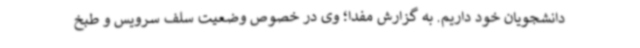
دانشجویان خود داریم. به گزارش مفدا؛ وی در خصوص وضعیت سلف سرویس و طبخ